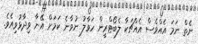
ނެތް ނަމަ އެއްވެސް އެއްޗަކާ ލެބޯޓްރީން ހަވާލު ނުވާނެ ކަމަށް އޭނާ ވިދާޅުވިއެވެ.